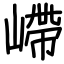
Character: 嵽